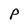
Character: P